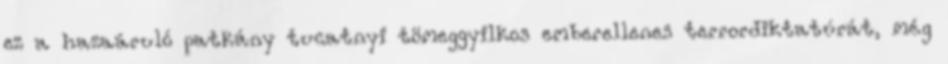
ez a hazaáruló patkány tucatnyi tömeggyilkos emberellenes terrordiktatúrát, még